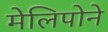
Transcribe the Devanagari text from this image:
मेलिपोने